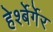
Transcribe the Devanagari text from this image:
हेर्श्बेर्गेर